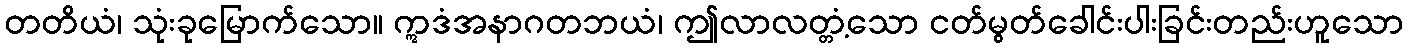
တတိယံ၊ သုံးခုမြောက်သော။ ဣဒံအနာဂတဘယံ၊ ဤလာလတ္တံ့သော ငတ်မွတ်ခေါင်းပါးခြင်းတည်းဟူသော